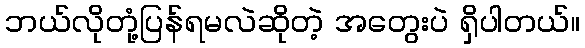
ဘယ်လိုတုံ့ပြန်ရမလဲဆိုတဲ့ အတွေးပဲ ရှိပါတယ်။